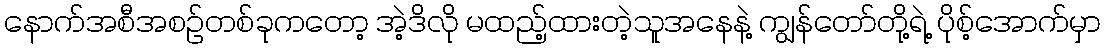
နောက်အစီအစဉ်တစ်ခုကတော့ အဲ့ဒိလို မထည့်ထားတဲ့သူအနေနဲ့ ကျွန်တော်တို့ရဲ့ ပိုစ့်အောက်မှာ